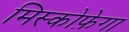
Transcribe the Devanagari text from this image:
मिस्कोफ़ेगा